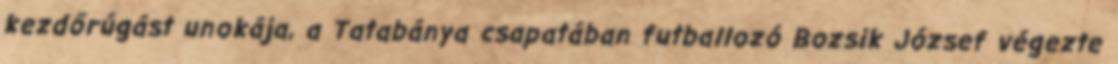
kezdőrúgást unokája, a Tatabánya csapatában futballozó Bozsik József végezte